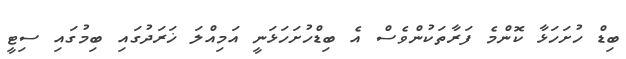
ބިޑް ހުށަހަޅާ ކޮންމެ ފަރާތަކުންވެސް އެ ބިޑްހުށަހަޅަނީ އަމިއްލަ ޚަރަދުގައި ބިމުގައި ސިޓީ